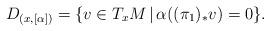
LaTeX: \begin{gather*}D_{(x, [\alpha])} = \{ v \in T_xM \,|\, \alpha((\pi_1)_* v) = 0 \}.\end{gather*}